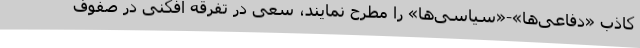
کاذب «دفاعی‌ها»-«سیاسی‌ها» را مطرح نمایند، سعی در تفرقه افکنی در صفوف